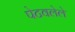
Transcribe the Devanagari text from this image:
पेटवलेले